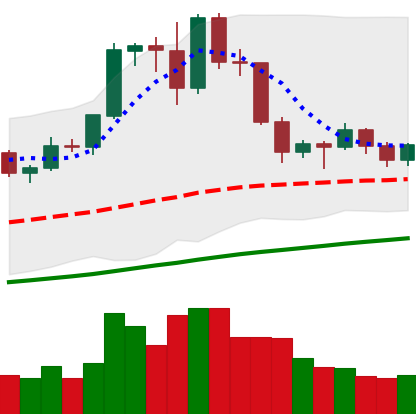
Ticker: EOS-USD
Chart end date: 2019-06-10
Forward return: 7.452%
Label: up_7plus